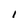
Character: I